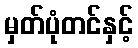
မှတ်ပုံတင်နှင့်